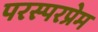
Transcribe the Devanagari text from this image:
परस्परप्रेम